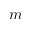
m